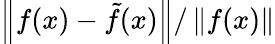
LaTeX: \left\| f(x)-{\tilde{f}}(x)\right\| /\left\| f(x)\right\|